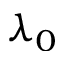
\lambda _ { 0 }